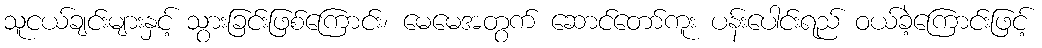
သူငယ်ချင်းများနှင့် သွားခြင်းဖြစ်ကြောင်း၊ မေမေအတွက် ဆောင်တော်ကူး ပန်းပေါင်းရည် ဝယ်ခဲ့ကြောင်းဖြင့်